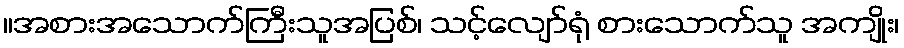
။အစားအသောက်ကြီးသူအပြစ်၊ သင့်လျော်ရုံ စားသောက်သူ အကျိုး၊